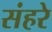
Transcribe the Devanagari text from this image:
संहरे